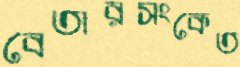
বেতারসংকেত